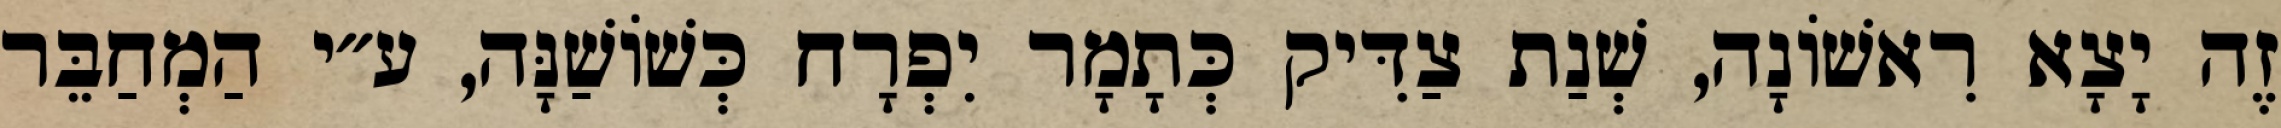
זֶה יָצָא רִאשׁוֹנָה, שְׁנַת צַדִּיק כְּתָמָר יִפְרָח כְּשׁוֹשַׁנָּה, ע״י הַמְחַבֵּר